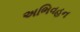
અભિવહન